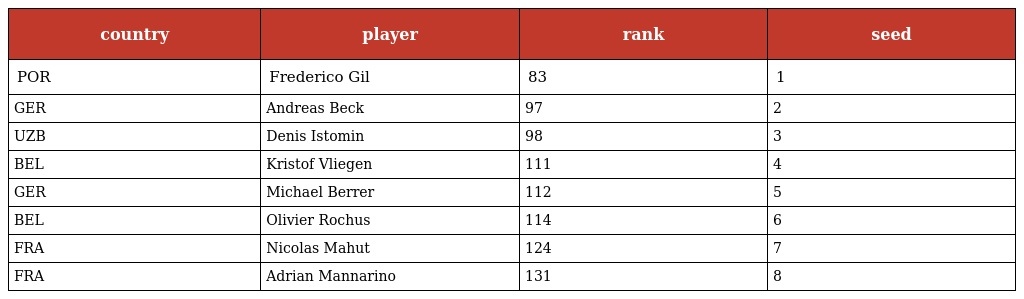
| country | player | rank | seed |
 | --- | --- | --- | --- |
 | POR | Frederico Gil | 83 | 1 |
 | GER | Andreas Beck | 97 | 2 |
 | UZB | Denis Istomin | 98 | 3 |
 | BEL | Kristof Vliegen | 111 | 4 |
 | GER | Michael Berrer | 112 | 5 |
 | BEL | Olivier Rochus | 114 | 6 |
 | FRA | Nicolas Mahut | 124 | 7 |
 | FRA | Adrian Mannarino | 131 | 8 |